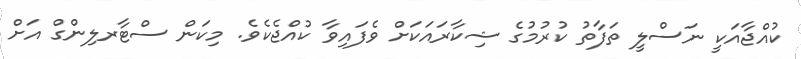
ކުއްޖާއަކީ ނަސްލީ ތަފާތު ކުރުމުގެ ޝިކާރައަކަށް ވެފައިވާ ކުއްޖެކެވެ. މިކަން ސްޓާރލިންގް އަށް